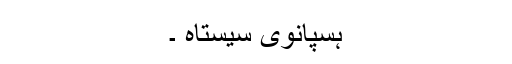
ہسپانوی سیستاہ ۔